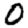
Digit: 0